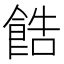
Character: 𫗓